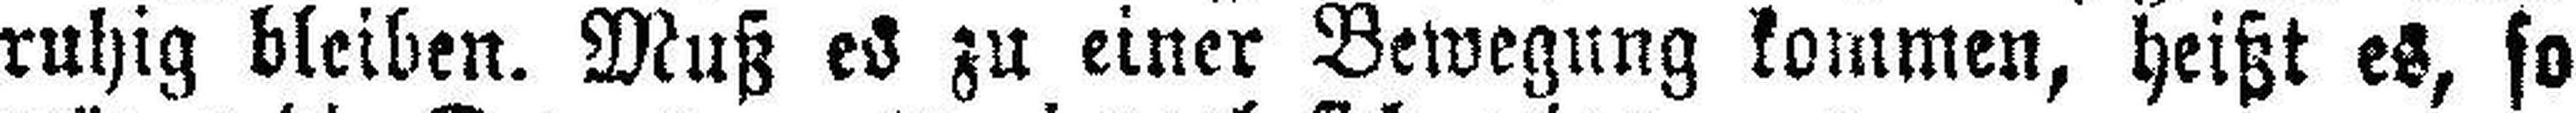
ruhig bleiben. Muß es zu einer Bewegung kommen, heißt es, so